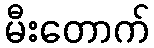
မီးတောက်